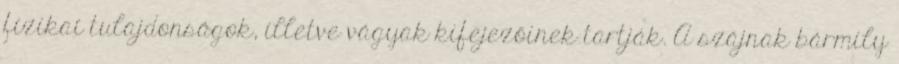
fizikai tulajdonságok, illetve vágyak kifejezőinek tartják. A szájnak bármily